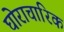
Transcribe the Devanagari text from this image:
घोराचारिक